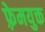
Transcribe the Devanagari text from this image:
फ़्रेमयुक्त